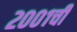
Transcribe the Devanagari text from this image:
२००१ची